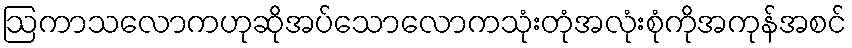
ဩကာသလောကဟုဆိုအပ်သောလောကသုံးတုံအလုံးစုံကိုအကုန်အစင်